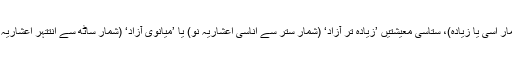
پانچ معیشتیں ’آزاد‘ (شمار اسی یا زیادہ)، ستاسی معیشتیں ’زیادہ تر آزاد‘ (شمار ستر سے اناسی اعشاریہ نو) یا ’میانوی آزاد‘ (شمار ساٹھ سے انتتہر اعشاریہ نو) درجہ بندی پر ہیں۔